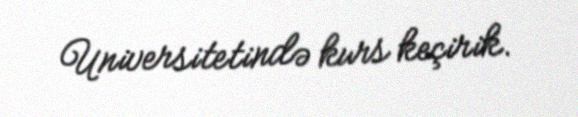
Universitetində kurs keçirik.